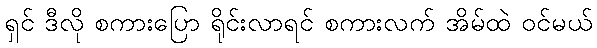
ရှင် ဒီလို စကားပြော ရိုင်းလာရင် စကားလက် အိမ်ထဲ ဝင်မယ်